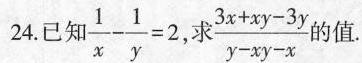
24.已知$$\frac { 1 } { x } - \frac { 1 } { y